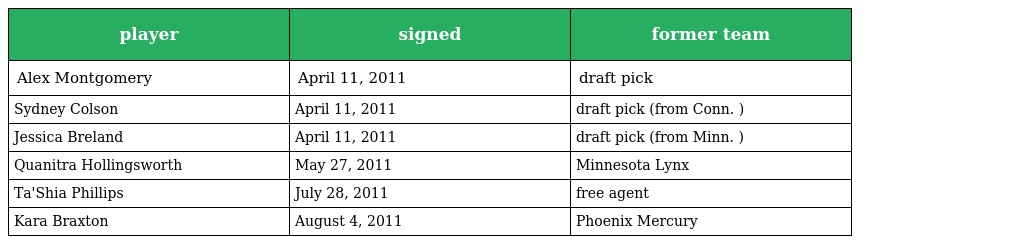
| player | signed | former team |
 | --- | --- | --- |
 | Alex Montgomery | April 11, 2011 | draft pick |
 | Sydney Colson | April 11, 2011 | draft pick (from Conn. ) |
 | Jessica Breland | April 11, 2011 | draft pick (from Minn. ) |
 | Quanitra Hollingsworth | May 27, 2011 | Minnesota Lynx |
 | Ta'Shia Phillips | July 28, 2011 | free agent |
 | Kara Braxton | August 4, 2011 | Phoenix Mercury |